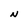
Character: N